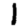
Digit: 1